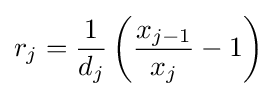
r_{j}={\frac {1}{d_{j}}}\left({\frac {x_{j-1}}{x_{j}}}-1\right)